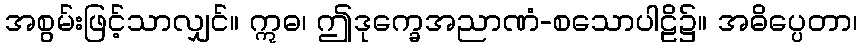
အစွမ်းဖြင့်သာလျှင်။ ဣဓ၊ ဤဒုက္ခေအညာဏံ-စသောပါဠိ၌။ အဓိပ္ပေတာ၊